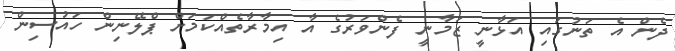
ދެން އެ ތަނުގައި އަޅާނީ ޒަމާނީ ފެންވަރުގެ އާ އިމާރާތެއްްކަމަށް ޕްލޭނިން ހައުސިން